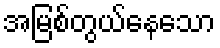
အမြစ်တွယ်နေသော